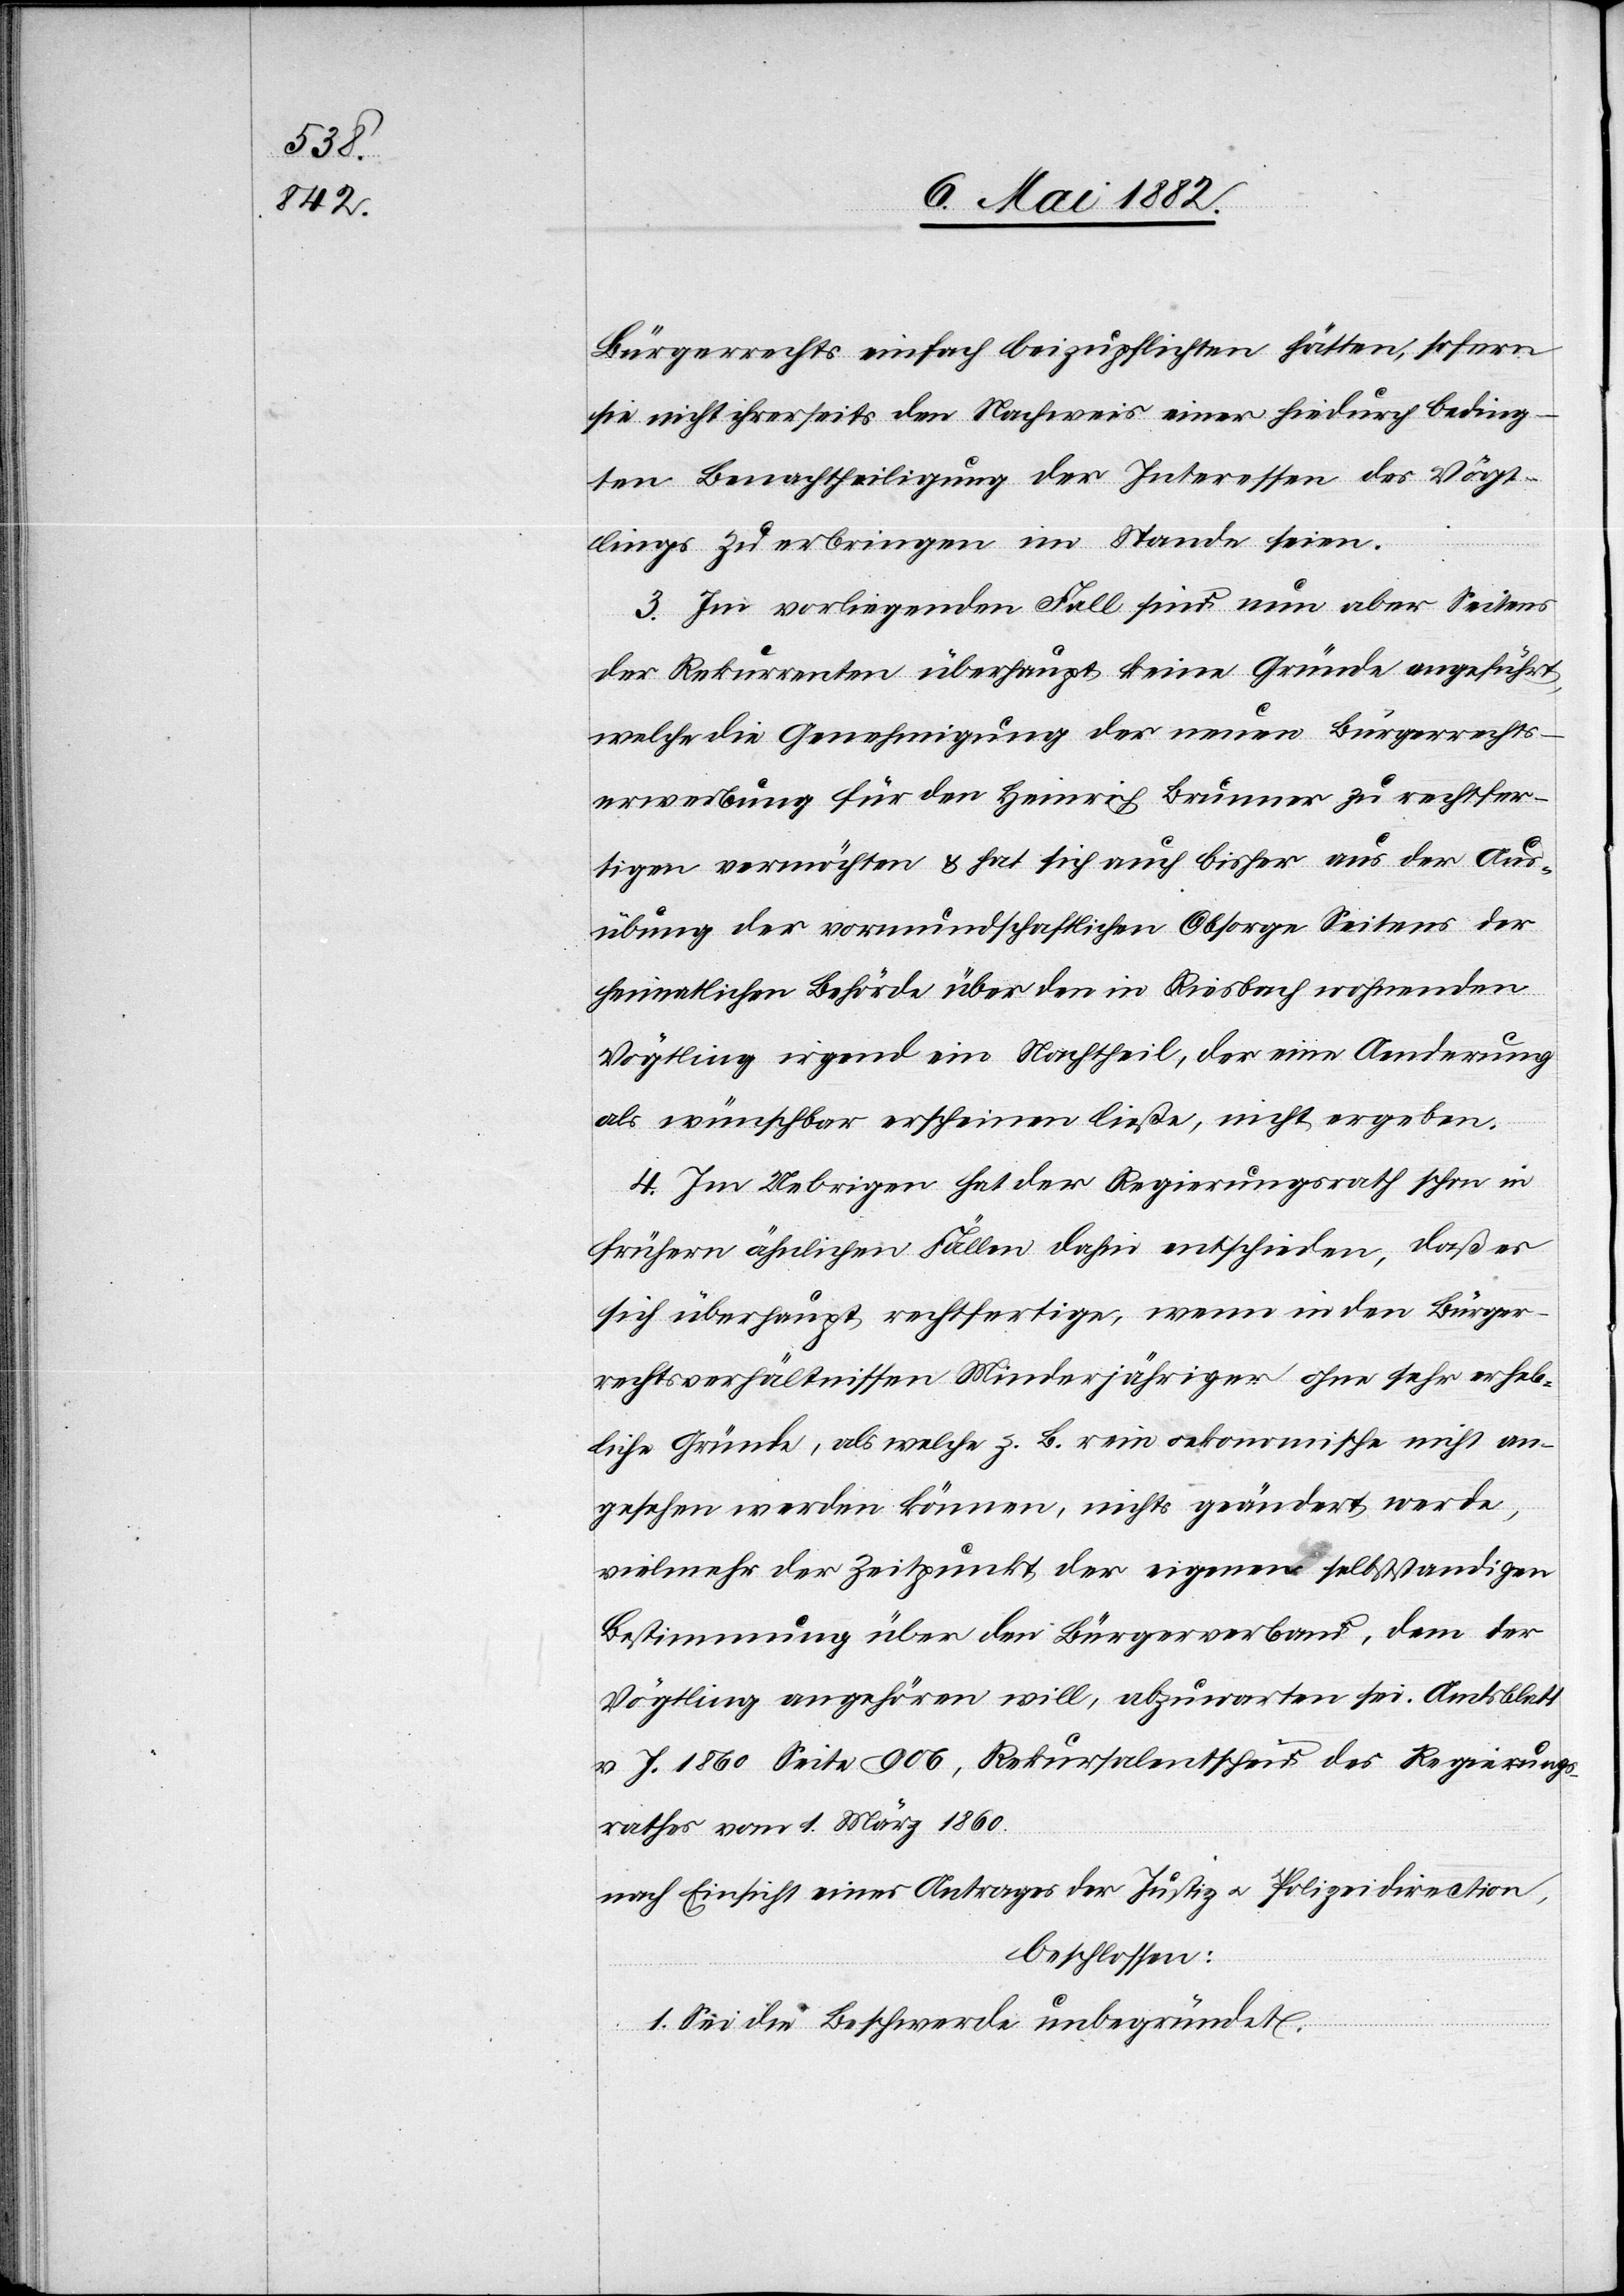
Bürgerrechts einfach beizupflichten hätten, sofern
sie nicht ihrerseits den Nachweis einer hiedurch beding¬
ten Benachtheiligung der Interessen des Vögt¬
lings zu erbringen im Stande seien
3. Im vorliegenden Fall sind nun aber Seitens
der Rekurrenten überhaupt keine Gründe angeführt,
welche die Genehmigung der neuen Bürgerrechts¬
erwerbung für den Heinrich Brunner zu rechtfer¬
tigen vermögen & hat sich auch bisher aus der Aus¬
übung der vormundschaftlichen Obsorge Seitens der
heimatlichen Behörde über den in Riesbach wohnenden
Vögtling irgend ein Nachtheil, der eine Aenderung
als wünschbar erscheinen ließe, nicht ergeben.
4. Im Uebrigen hat der Regierungsrath schon in
frühern ähnlichen Fällen dahin entschieden, daß es
sich überhaupt rechtfertige, wenn in den Bürger¬
rechtsverhältnissen Minderjähriger ohne sehr erheb¬
liche Gründe, als welche z. B. rein oekonomische nicht an¬
gesehen werden können, nichts geändert werde,
vielmehr der Zeitpunkt der eigenen selbständigen
Bestimmung über den Bürgerverband, dem der
Vögtling angehören will, abzuwarten sei. Amtsblatt
v. J. 1860 Seite 906, Rekursalentscheid des Regierungs¬
rathes vom 1. März 1860.
nach Einsicht eines Antrages der Justiz[-] u. Polizeidirection,
beschlossen:
1. Sei die Beschwerde unbegründet.